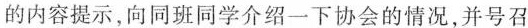
的内容提示，向同班同学介绍一下协会的情况，并号召